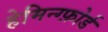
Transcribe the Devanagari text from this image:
हेमिन्ग्फ़ोर्ड